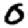
Digit: 0